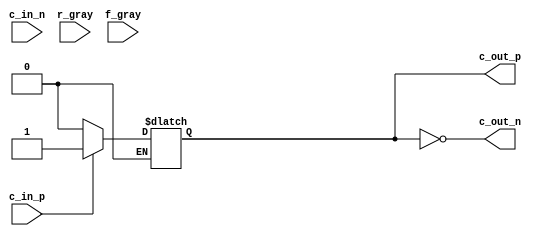
// This program was cloned from: https://github.com/intel/aib-phy-hardware
// License: Apache License 2.0

// SPDX-License-Identifier: Apache-2.0
// Copyright (C) 2019 Intel Corporation. All rights reserved
module io_delay_line_dcc (
input            c_in_p,
input            c_in_n,
input      [3:0] r_gray,
input      [3:0] f_gray,
output           c_out_p,
output           c_out_n 
);

`ifdef TIMESCALE_EN
                timeunit 1ps;
                timeprecision 1ps;
`endif

parameter STEP_DELAY = 40;

reg c_in_del;

wire  [15:0] c_in_p_f;
wire  [15:0] c_in_p_r;

assign #63  c_in_p_f[0] = c_in_p;
assign #67  c_in_p_f[1] = c_in_p;
assign #71  c_in_p_f[2] = c_in_p;
assign #75  c_in_p_f[3] = c_in_p;
assign #79  c_in_p_f[4] = c_in_p;
assign #83  c_in_p_f[5] = c_in_p;
assign #87  c_in_p_f[6] = c_in_p;
assign #91  c_in_p_f[7] = c_in_p;
assign #95  c_in_p_f[8] = c_in_p;
assign #99  c_in_p_f[9] = c_in_p;
assign #103  c_in_p_f[10] = c_in_p;
assign #107  c_in_p_f[11] = c_in_p;
assign #111  c_in_p_f[12] = c_in_p;
assign #115  c_in_p_f[13] = c_in_p;
assign #119  c_in_p_f[14] = c_in_p;
assign #123  c_in_p_f[15] = c_in_p;

assign #63  c_in_p_r[0] = c_in_p;
assign #67  c_in_p_r[1] = c_in_p;
assign #71  c_in_p_r[2] = c_in_p;
assign #75  c_in_p_r[3] = c_in_p;
assign #79  c_in_p_r[4] = c_in_p;
assign #83  c_in_p_r[5] = c_in_p;
assign #87  c_in_p_r[6] = c_in_p;
assign #91  c_in_p_r[7] = c_in_p;
assign #95  c_in_p_r[8] = c_in_p;
assign #99  c_in_p_r[9] = c_in_p;
assign #103  c_in_p_r[10] = c_in_p;
assign #107  c_in_p_r[11] = c_in_p;
assign #111  c_in_p_r[12] = c_in_p;
assign #115  c_in_p_r[13] = c_in_p;
assign #119  c_in_p_r[14] = c_in_p;
assign #123  c_in_p_r[15] = c_in_p;

always @(*)
  if (c_in_p == 1'b0)
    begin
      case (f_gray[3:0])
       4'b0000 : c_in_del =  c_in_p_f[0];
       4'b0001 : c_in_del =  c_in_p_f[1];
       4'b0011 : c_in_del =  c_in_p_f[2];
       4'b0010 : c_in_del =  c_in_p_f[3];
       4'b0110 : c_in_del =  c_in_p_f[4];
       4'b0111 : c_in_del =  c_in_p_f[5];
       4'b0101 : c_in_del =  c_in_p_f[6];
       4'b0100 : c_in_del =  c_in_p_f[7];
       4'b1100 : c_in_del =  c_in_p_f[8];
       4'b1101 : c_in_del =  c_in_p_f[9];
       4'b1111 : c_in_del =  c_in_p_f[10];
       4'b1110 : c_in_del =  c_in_p_f[11];
       4'b1010 : c_in_del =  c_in_p_f[12];
       4'b1011 : c_in_del =  c_in_p_f[13];
       4'b1001 : c_in_del =  c_in_p_f[14];
       4'b1000 : c_in_del =  c_in_p_f[15];
       default : c_in_del =  c_in_p_f[0];
       endcase
    end
  else if (c_in_p == 1'b1)
    begin
      case (r_gray[3:0])
       4'b0000 : c_in_del =   c_in_p_r[0];
       4'b0001 : c_in_del =   c_in_p_r[1];
       4'b0011 : c_in_del =   c_in_p_r[2];
       4'b0010 : c_in_del =   c_in_p_r[3];
       4'b0110 : c_in_del =   c_in_p_r[4];
       4'b0111 : c_in_del =   c_in_p_r[5];
       4'b0101 : c_in_del =   c_in_p_r[6];
       4'b0100 : c_in_del =   c_in_p_r[7];
       4'b1100 : c_in_del =   c_in_p_r[8];
       4'b1101 : c_in_del =   c_in_p_r[9];
       4'b1111 : c_in_del =   c_in_p_r[10];
       4'b1110 : c_in_del =   c_in_p_r[11];
       4'b1010 : c_in_del =   c_in_p_r[12];
       4'b1011 : c_in_del =   c_in_p_r[13];
       4'b1001 : c_in_del =   c_in_p_r[14];
       4'b1000 : c_in_del =   c_in_p_r[15];
       default : c_in_del =   c_in_p_r[0];
       endcase
    end

assign c_out_p =  c_in_del;
assign c_out_n = ~c_in_del;

endmodule

//======================================================================
//	r_dly(f_gray=4'b0)			f_dly(r_gray=4'b0)		
//	wc		tt		bc		wc		tt		bc
//0	8.95E-11	5.99E-11	4.78E-11	9.34E-11	6.25E-11	5.04E-11
//1	9.17E-11	6.20E-11	5.03E-11	9.55E-11	6.45E-11	5.25E-11
//2	9.60E-11	6.53E-11	5.35E-11	9.75E-11	6.67E-11	5.51E-11
//3	9.86E-11	6.81E-11	5.70E-11	1.00E-10	6.93E-11	5.83E-11
//4	1.03E-10	7.21E-11	6.13E-11	1.03E-10	7.22E-11	6.22E-11
//5	1.06E-10	7.58E-11	6.66E-11	1.06E-10	7.57E-11	6.74E-11
//6	1.11E-10	8.06E-11	7.26E-11	1.09E-10	7.98E-11	7.31E-11
//7	1.15E-10	8.57E-11	8.19E-11	1.13E-10	8.49E-11	8.23E-11
//8	1.20E-10	9.18E-11	9.16E-11	1.18E-10	9.06E-11	9.20E-11
//9	1.23E-10	9.51E-11	9.89E-11	1.20E-10	9.39E-11	9.94E-11
//10	1.25E-10	9.90E-11	1.06E-10	1.22E-10	9.73E-11	1.06E-10
//11	1.28E-10	1.03E-10	1.18E-10	1.25E-10	1.01E-10	1.18E-10
//12	1.31E-10	1.08E-10	1.29E-10	1.28E-10	1.06E-10	1.29E-10
//13	1.34E-10	1.13E-10	1.51E-10	1.31E-10	1.11E-10	1.51E-10
//14	1.37E-10	1.18E-10	1.73E-10	1.34E-10	1.16E-10	1.73E-10
//15	1.41E-10	1.25E-10	2.74E-10	1.37E-10	1.23E-10	2.76E-10
//